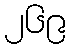
၂၆၉